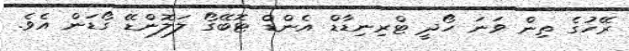
ރޭހުގެ ތިން ވަނަ ހޯދީ ޓްރިނިޑާޑް އެންޑް ޓޮބޭގޯ ލަލޮންޑޭ ގޯޑަން އެވެ.